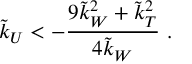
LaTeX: \tilde { k } _ { U } < - \frac { 9 \tilde { k } _ { W } ^ { 2 } + \tilde { k } _ { T } ^ { 2 } } { 4 \tilde { k } _ { W } } ~ .